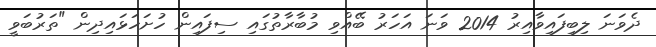
ދެވަނަ ލިބިފައިވާއިރު 2014 ވަނަ އަހަރު ބޭއްވި މުބާރާތުގައި ސިފައިން ހުށަހަޅައިދިން "ތަރުބަވީ